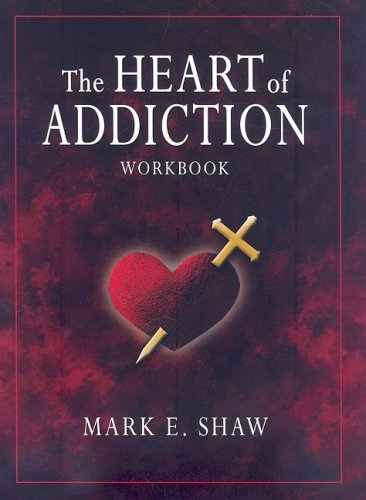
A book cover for The Heart of Addiction Workbook; Mark E. Shaw; Christian Books & Bibles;